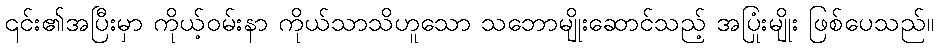
၎င်း၏အပြီးမှာ ကိုယ့်ဝမ်းနာ ကိုယ်သာသိဟူသော သဘောမျိုးဆောင်သည့် အပြုံးမျိုး ဖြစ်ပေသည်။